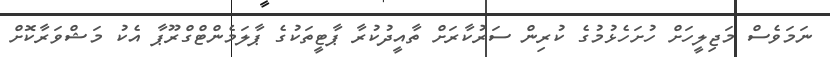
ނަމަވެސް މަޖިލީހަށް ހުށަހެޅުމުގެ ކުރިން ސަރުކާރަށް ތާއީދުކުރާ ޕާޓީތަކުގެ ޕާލަމެންޓްގްރޫޕާ އެކު މަޝްވަރާކޮށް